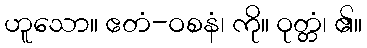
ဟူသော။ ဧတံ-ဝစနံ၊ ကို။ ဝုတ္တံ၊ ၏။